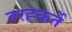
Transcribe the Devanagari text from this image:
तरह्कर्ते